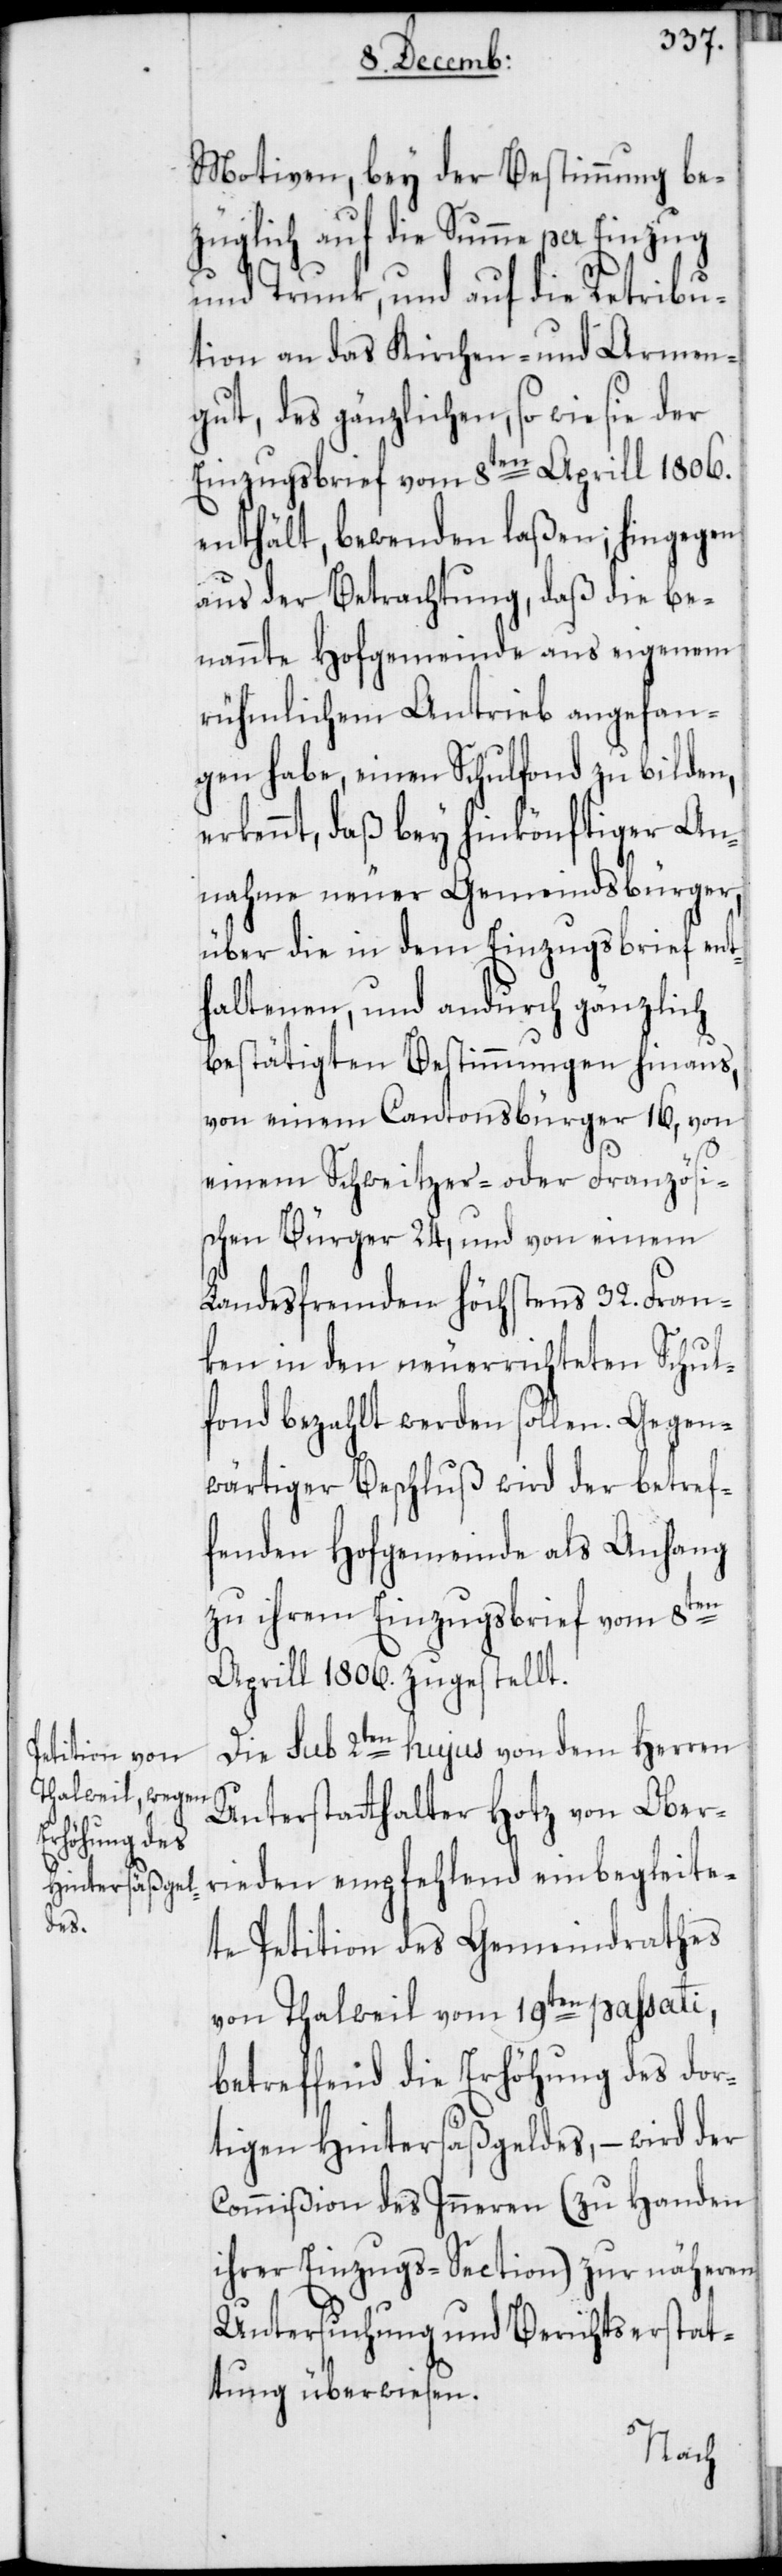
Motiven, bey der Bestimmung be¬
züglich auf die Summe per Einzug
und Trunk, und auf die Retribu¬
tion an das Kirchen- und Armen¬
gut, des gänzlichen so wie sie der
Einzugsbrief vom 8ten Aprill 1806.
enthält, bewenden laßen; hingegen
aus der Betrachtung, daß die be¬
nannte Hofgemeinde aus eigenem
rühmlichem Antrieb angefan¬
gen habe, einen Schulfonds zu bilden,
erkennt, daß bey hinkönftiger An¬
nahme neuer Gemeindsbürger,
über die in dem Einzugsbrief ent¬
haltenen und andurch gänzlich
bestätigten Bestimmungen hinaus,
von einem Cantonsbürger 16, von
einem Schweitzer- oder Französi¬
schen Bürger 24, und von einem
Landesfremden höchstens 32. Fran¬
ken in den neuerrichteten Schul¬
fonds bezahlt werden sollen. Gegen¬
wärtiger Beschluß wird der betref¬
fenden Hofgemeinde als Anhang
zu ihrem Einzugsbrief vom 8ten
Aprill 1806. zugestellt.
Die sub 2ten hujus von dem Herren
Unterstatthalter Hotz von Ober¬
rieden empfehlend einbegleite¬
te Petition des Gemeindrathes
von Thalweil vom 19ten passati,
betreffend die Erhöhung des dor¬
tigen Hintersäßgeldes, – wird der
Commißion des Inneren (zu Handen
ihrer Einzugs-Section) zur näheren
Untersuchung und Berichtserstat¬
tung überwiesen.